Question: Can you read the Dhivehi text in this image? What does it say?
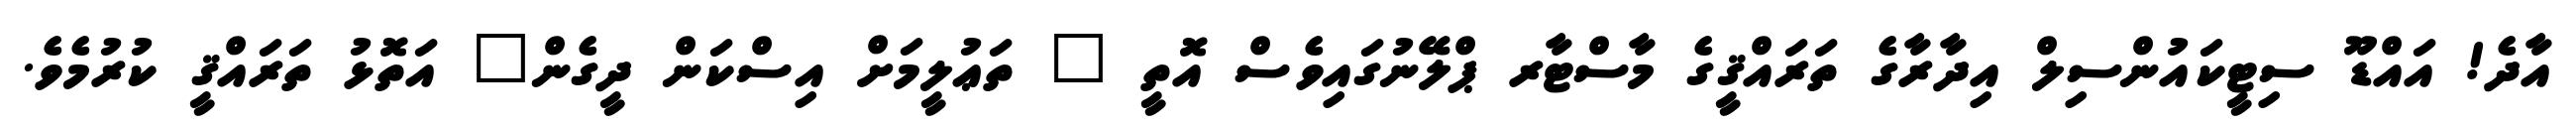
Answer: އާދެ! އައްޑޫ ސިޓީކައުންސިލް އިދާރާގެ ތަރައްޤީގެ މާސްޓާރ ޕްލޭނުގައިވެސް އޮތީ " ތަޢުލީމަށް އިސްކަން ދީގެން" އަތޮޅު ތަރައްޤީ ކުރުމެވެ.